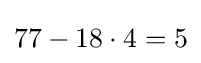
77-18\cdot 4=5